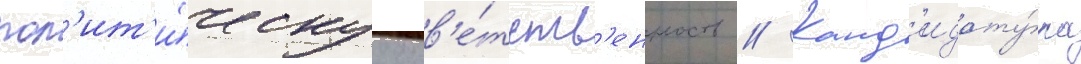
пол'ит'и́ческуу отв'е́тств'енность // Канд'идату́ра